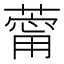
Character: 䔭